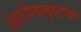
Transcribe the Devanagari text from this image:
आरोग्यदृष्टया